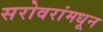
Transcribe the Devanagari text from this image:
सरोवरांमधून